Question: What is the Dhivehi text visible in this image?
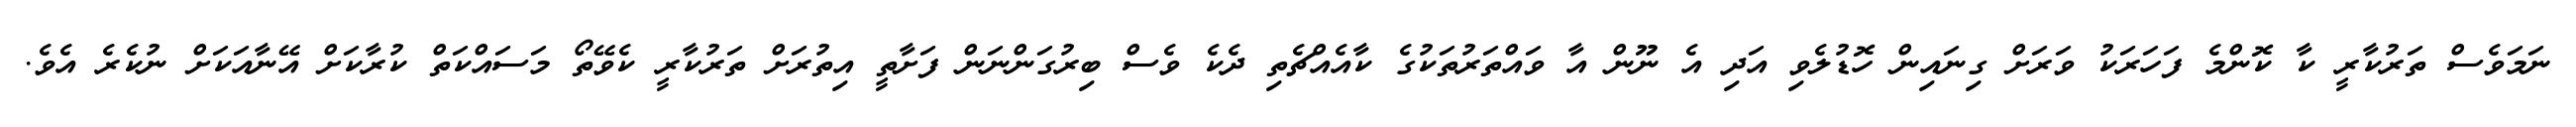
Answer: ނަމަވެސް ތަރުކާރީ ކާ ކޮންމެ ފަހަރަކު ވަރަށް ގިނައިން ހޮޑުލެވި އަދި އެ ނޫން އާ ވައްތަރުތަކުގެ ކާއެއްޗެތި ދެކެ ވެސް ބިރުގަންނަން ފަށާތީ އިތުރަށް ތަރުކާރީ ކެވޭތޯ މަސައްކަތް ކުރާކަށް އޭނާއަކަށް ނުކެރެ އެވެ.